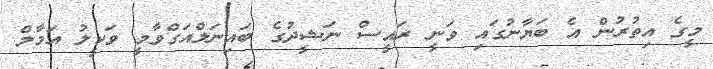
މީގެ އިތުރުން އެ ބަޔާނުގައި ވަނީ ރައީސް ނަޝީދުގެ ބައިނަލްއަގްވާމީ ވަކީލު އަމާލް